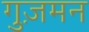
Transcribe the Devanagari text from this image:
गुज़मन